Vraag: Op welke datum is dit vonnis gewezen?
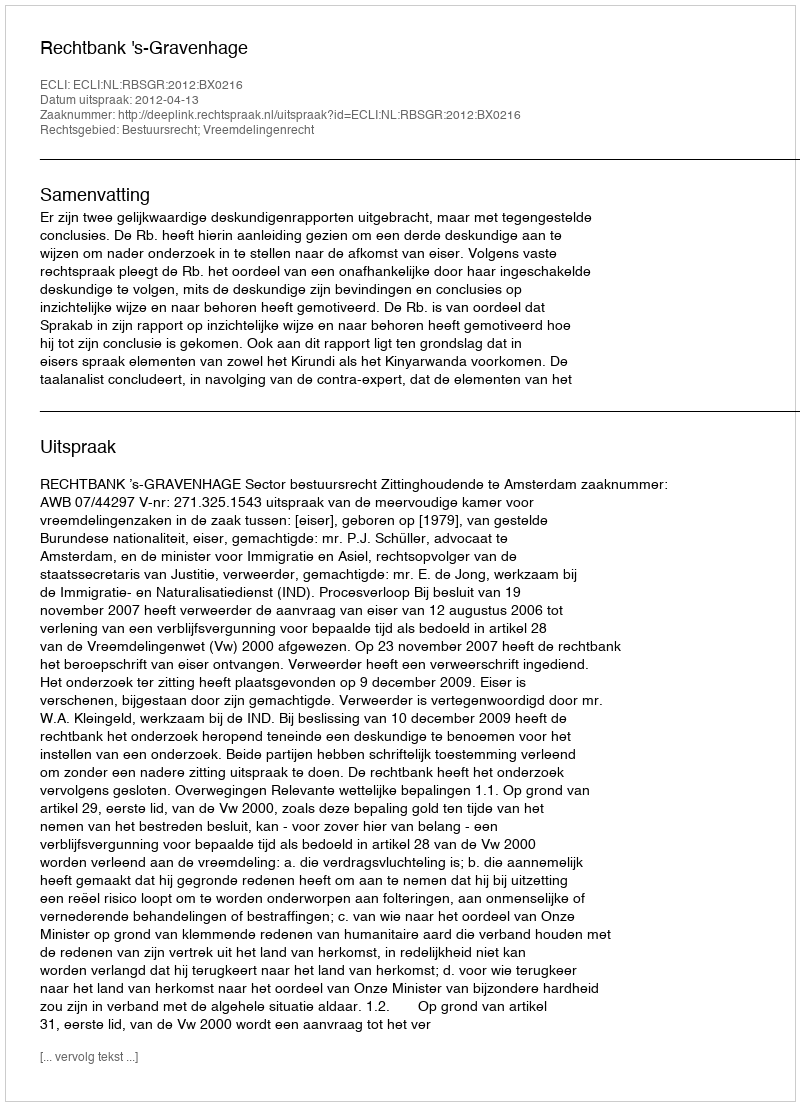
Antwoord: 2012-04-13